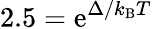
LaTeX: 2.5=\mathrm{e}^{\Delta/k_{\mathrm{{B}}}T}